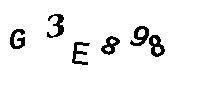
G3E898